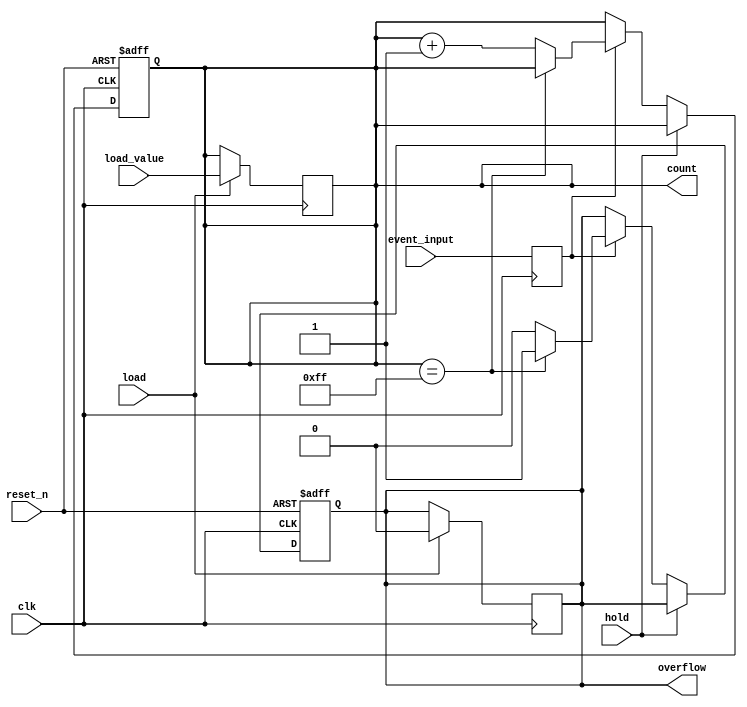
module event_counter #(
    parameter COUNTER_WIDTH = 8,  // Define the width of the counter (8 bits by default)
    parameter MEMORY_SIZE = 1      // Define the size of the memory block (1 entry)
)(
    input wire clk,                // Clock signal
    input wire event_input,        // Event input signal (e.g., clock pulses)
    input wire reset_n,            // Asynchronous active-low reset signal
    input wire hold,               // Hold signal to pause counting
    input wire load,               // Load signal to load a specific value
    input wire [COUNTER_WIDTH-1:0] load_value, // Value to load into the counter
    output reg [COUNTER_WIDTH-1:0] count, // Current count value
    output reg overflow            // Overflow flag
);

    // Internal signal to detect the rising edge of the event input
    reg event_detected;

    // Always block for detecting rising edge of event_input
    always @(posedge clk) begin
        event_detected <= event_input;
    end

    // Always block for counter logic
    always @(posedge clk or negedge reset_n) begin
        if (!reset_n) begin
            count <= 0;          // Reset counter to zero
            overflow <= 0;       // Clear overflow flag
        end else if (!hold) begin
            if (event_detected) begin
                if (count == (1 << COUNTER_WIDTH) - 1) begin
                    overflow <= 1; // Set overflow flag if maximum count is reached
                end else begin
                    count <= count + 1; // Increment counter
                    overflow <= 0; // Clear overflow flag
                end
            end
        end
    end

    // Always block for loading value into the counter
    always @(posedge clk) begin
        if (load) begin
            count <= load_value; // Load specified value into counter
            overflow <= 0;       // Clear overflow flag on load
        end
    end

endmodule